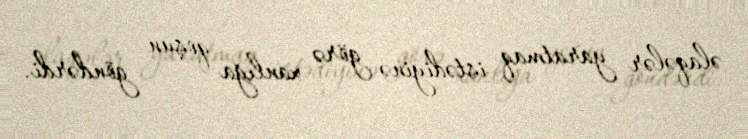
əlaqələr yaratmaq istədiyinə görə xanlığa qoşun göndərdi.